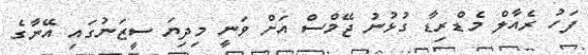
ފަހު ރެއާލް މެޑްރިޑާ ގުޅުނު ޖޭމްސް އަށް ވަނީ މިދިޔަ ސީޒަނުގައި އޭނާގެ